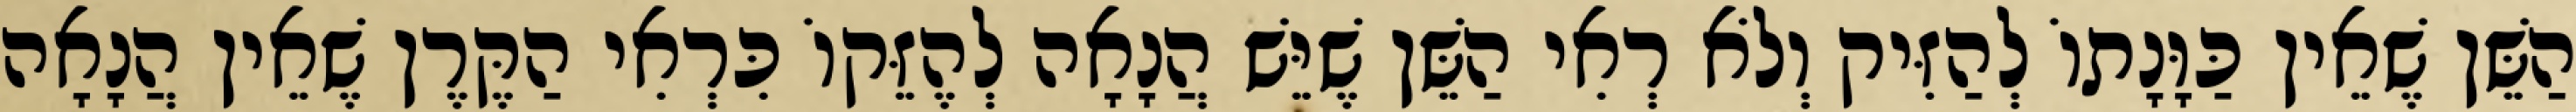
הַשֵּׁן שֶׁאֵין כַּוָּנָתוֹ לְהַזִּיק וְלֹא רְאִי הַשֵּׁן שֶׁיֵּשׁ הֲנָאָה לְהֶזֵּקוֹ כִּרְאִי הַקֶּרֶן שֶׁאֵין הֲנָאָה